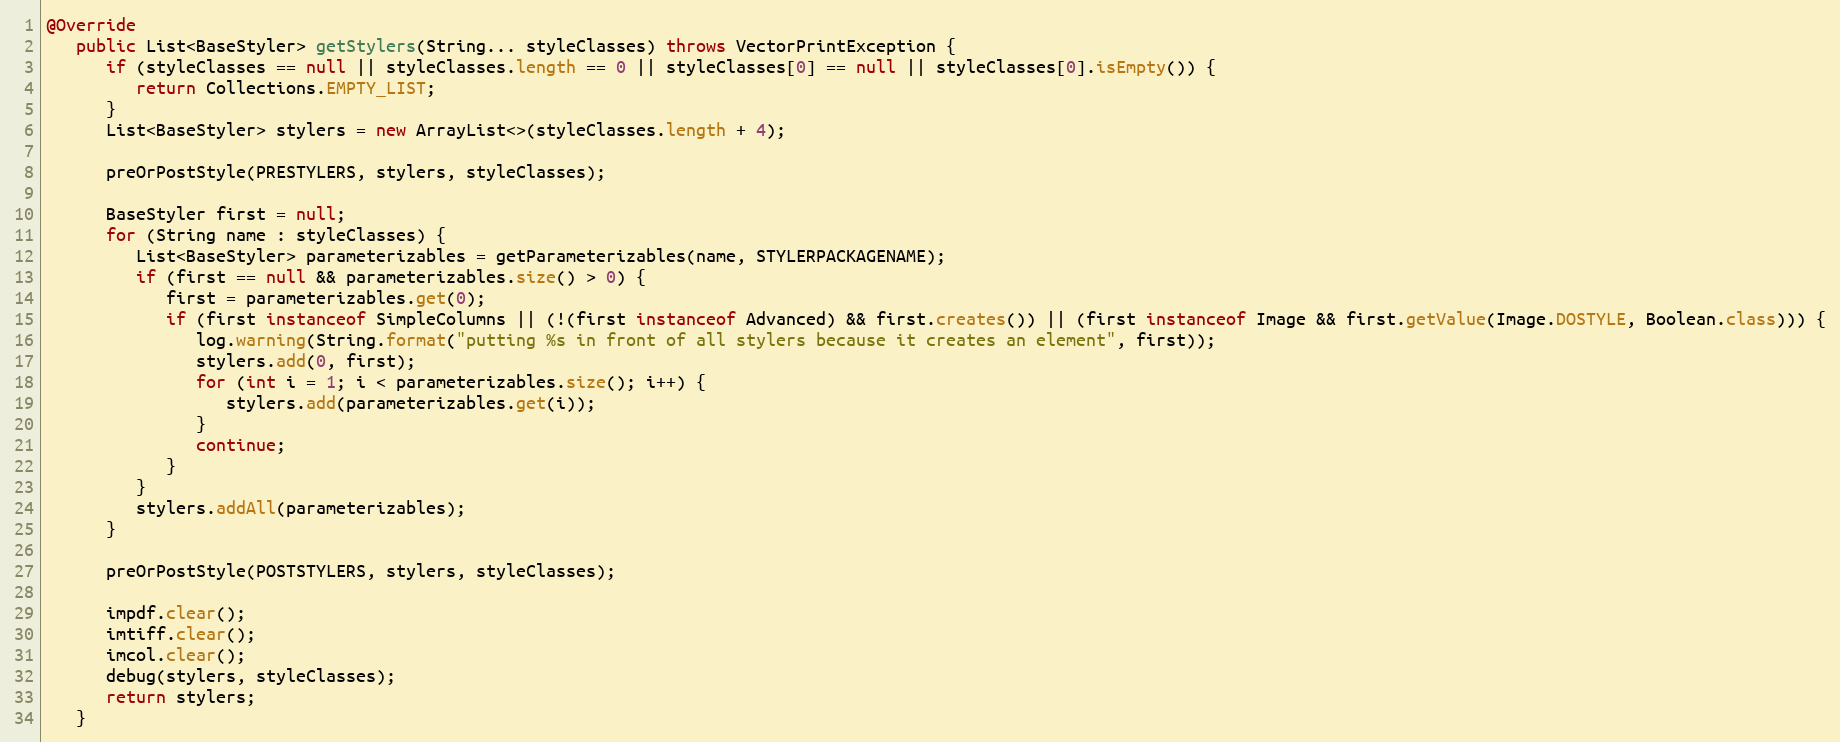
Language: Java
@Override
   public List<BaseStyler> getStylers(String... styleClasses) throws VectorPrintException {
      if (styleClasses == null || styleClasses.length == 0 || styleClasses[0] == null || styleClasses[0].isEmpty()) {
         return Collections.EMPTY_LIST;
      }
      List<BaseStyler> stylers = new ArrayList<>(styleClasses.length + 4);

      preOrPostStyle(PRESTYLERS, stylers, styleClasses);

      BaseStyler first = null;
      for (String name : styleClasses) {
         List<BaseStyler> parameterizables = getParameterizables(name, STYLERPACKAGENAME);
         if (first == null && parameterizables.size() > 0) {
            first = parameterizables.get(0);
            if (first instanceof SimpleColumns || (!(first instanceof Advanced) && first.creates()) || (first instanceof Image && first.getValue(Image.DOSTYLE, Boolean.class))) {
               log.warning(String.format("putting %s in front of all stylers because it creates an element", first));
               stylers.add(0, first);
               for (int i = 1; i < parameterizables.size(); i++) {
                  stylers.add(parameterizables.get(i));
               }
               continue;
            }
         }
         stylers.addAll(parameterizables);
      }

      preOrPostStyle(POSTSTYLERS, stylers, styleClasses);

      impdf.clear();
      imtiff.clear();
      imcol.clear();
      debug(stylers, styleClasses);
      return stylers;
   }